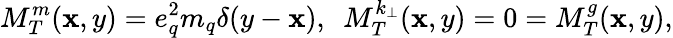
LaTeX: M_{T}^{m}(\mathbf{x},y)=e_{q}^{2}m_{q}\delta(y-\mathbf{x}),~~M_{T}^{k_{\bot}}(\mathbf{x},y)=0=M_{T}^{g}(\mathbf{x},y),